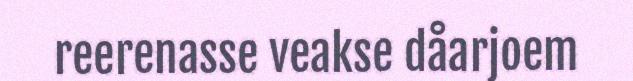
reerenasse veakse dåarjoem